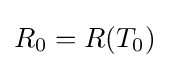
R_{0}=R(T_{0})